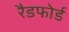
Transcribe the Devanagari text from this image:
रैडफोर्ड